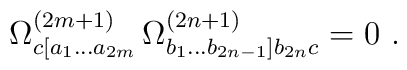
\Omega^{(2m+1)}_{ c [a_1 \ldots a_{2m}} \,\Omega^{(2n+1)}_{ b_1 \ldots b_{2n-1} ] b_{2n} c} = 0 \ .